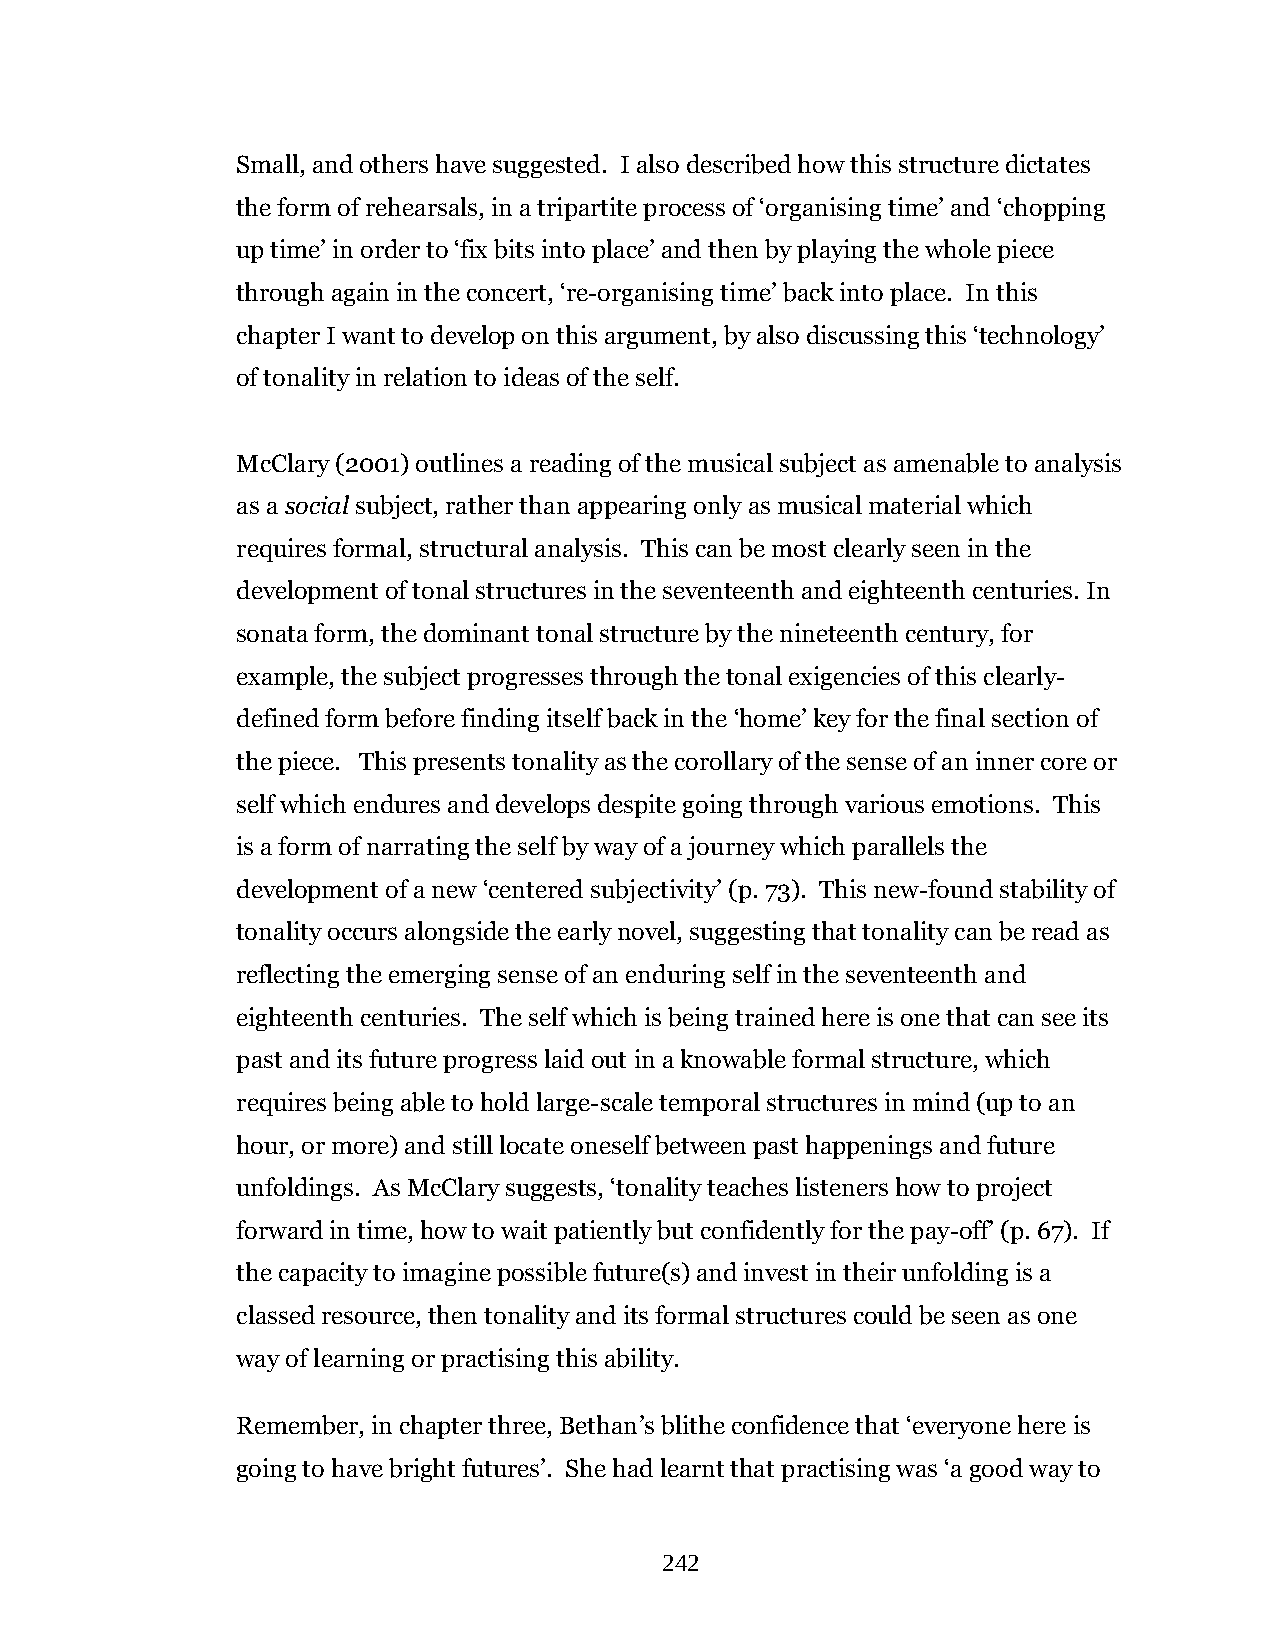
Small, and others have suggested. I also described how this structure dictates
 the form of rehearsals, in a tripartite process of ‘organising time’ and ‘chopping
 up time’ in order to ‘fix bits into place’ and then by playing the whole piece
 through again in the concert, ‘re-organising time’ back into place. In this
 chapter I want to develop on this argument, by also discussing this ‘technology’
 of tonality in relation to ideas of the self.
 McClary (2001) outlines a reading of the musical subject as amenable to analysis
 as a social subject, rather than appearing only as musical material which
 requires formal, structural analysis. This can be most clearly seen in the
 development of tonal structures in the seventeenth and eighteenth centuries. In
 sonata form, the dominant tonal structure by the nineteenth century, for
 example, the subject progresses through the tonal exigencies of this clearly-
 defined form before finding itself back in the ‘home’ key for the final section of
 the piece. This presents tonality as the corollary of the sense of an inner core or
 self which endures and develops despite going through various emotions. This
 is a form of narrating the self by way of a journey which parallels the
 development of a new ‘centered subjectivity’ (p. 73). This new-found stability of
 tonality occurs alongside the early novel, suggesting that tonality can be read as
 reflecting the emerging sense of an enduring self in the seventeenth and
 eighteenth centuries. The self which is being trained here is one that can see its
 past and its future progress laid out in a knowable formal structure, which
 requires being able to hold large-scale temporal structures in mind (up to an
 hour, or more) and still locate oneself between past happenings and future
 unfoldings. As McClary suggests, ‘tonality teaches listeners how to project
 forward in time, how to wait patiently but confidently for the pay-off’ (p. 67). If
 the capacity to imagine possible future(s) and invest in their unfolding is a
 classed resource, then tonality and its formal structures could be seen as one
 way of learning or practising this ability.
 Remember, in chapter three, Bethan’s blithe confidence that ‘everyone here is
 going to have bright futures’. She had learnt that practising was ‘a good way to
 242